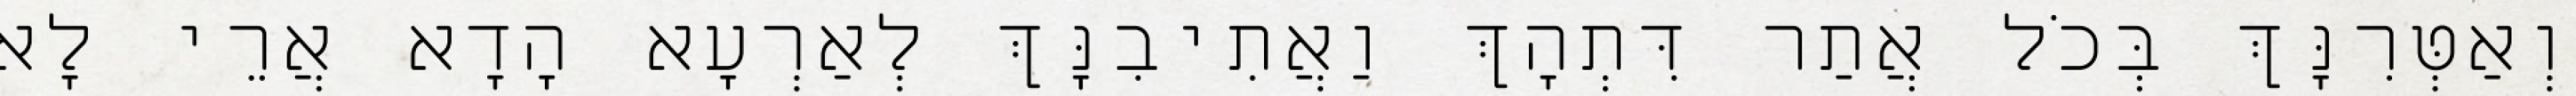
וְאַטְּרִנָּךְ בְּכֹל אֲתַר דִּתְהָךְ וַאֲתִיבִנָּךְ לְאַרְעָא הָדָא אֲרֵי לָא